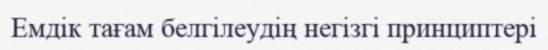
Емдік тағам белгілеудің негізгі принциптері